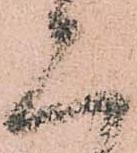
見